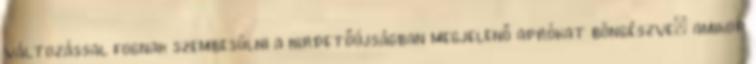
változással fognak szembesülni a hirdetőújságban megjelenő aprókat böngészve: amikor